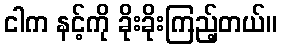
ငါက နင့်ကို ခိုးခိုးကြည့်တယ်။